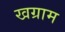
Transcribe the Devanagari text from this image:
खग्राम